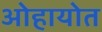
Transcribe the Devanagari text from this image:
ओहायोत